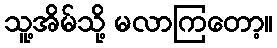
သူ့အိမ်သို့ မလာကြတော့။